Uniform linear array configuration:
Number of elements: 48
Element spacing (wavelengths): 0.75
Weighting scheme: blackman
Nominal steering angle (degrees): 0
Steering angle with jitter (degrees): -0.251
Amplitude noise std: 0.05
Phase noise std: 0.05

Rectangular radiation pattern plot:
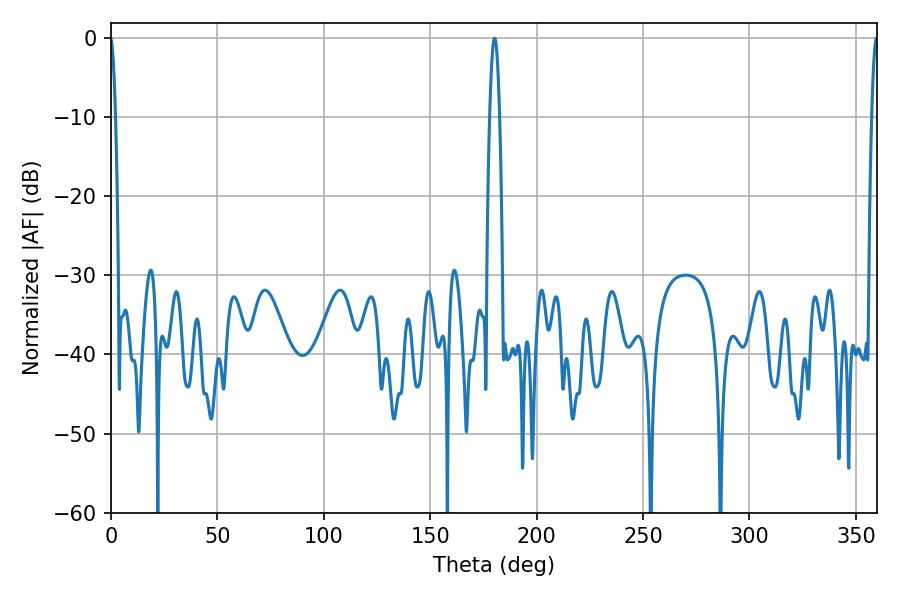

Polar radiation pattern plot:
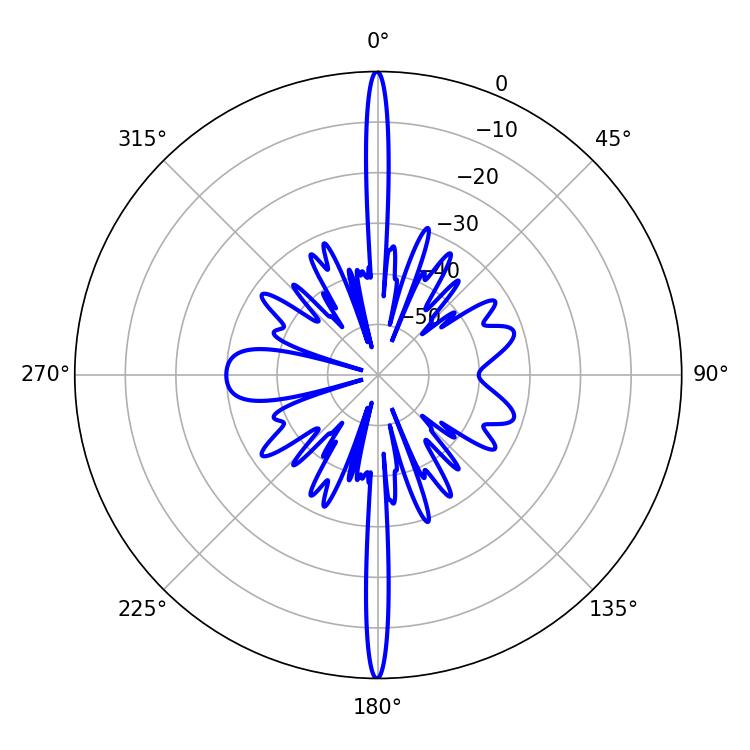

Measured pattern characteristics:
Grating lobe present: TRUE
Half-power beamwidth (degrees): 2.52
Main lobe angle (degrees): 180.18